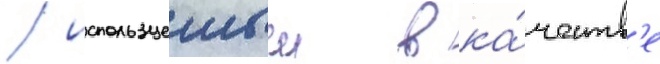
/ используемыи в ка́честв'е